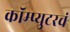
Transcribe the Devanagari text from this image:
कॉम्प्युटरचं